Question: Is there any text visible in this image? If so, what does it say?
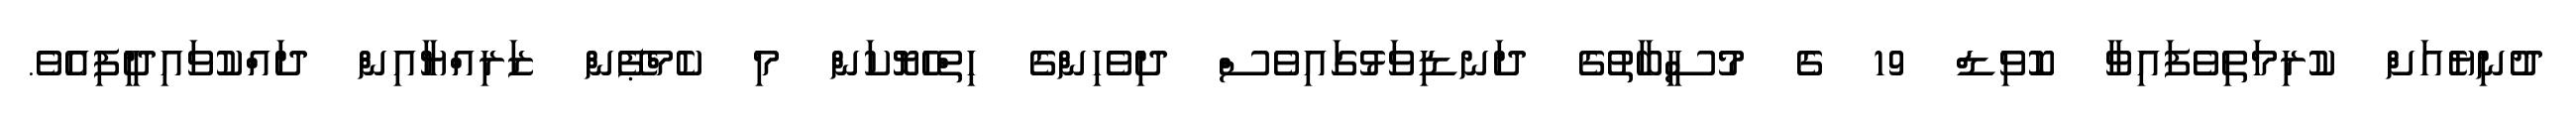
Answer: ދުނިޔެއަށް ކުރިމަތިވެފައިވާ ކޮވިޑް 19 ގެ މުސީބާތުގެ ދަނޑިވަޅުގައިވެސް ދިވެހިންގެ ހިތްހެޔޮކަން މި ކެމްޕޭން ޒަރިއްޔާއިން ދައްކުވައިދީފިއެވެ.